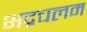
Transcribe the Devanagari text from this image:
भद्रचलम